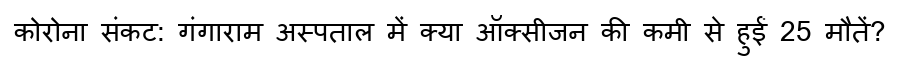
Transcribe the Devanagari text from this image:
कोरोना संकट: गंगाराम अस्पताल में क्या ऑक्सीजन की कमी से हुईं 25 मौतें?